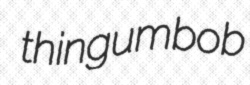
thingumbob